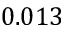
0 . 0 1 3